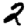
Digit: 2